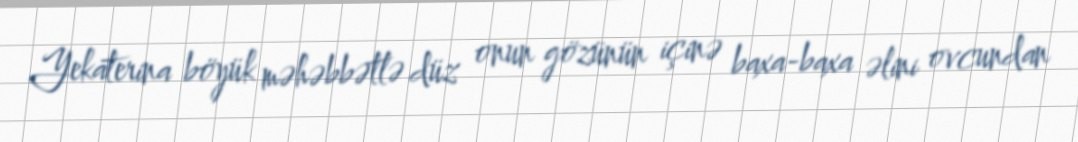
Yekaterina böyük məhəbbətlə düz onun gözünün içinə baxa-baxa əlini ovcundan